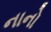
નાનો